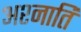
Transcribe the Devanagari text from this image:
अश्नाति